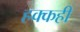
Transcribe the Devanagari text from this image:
हक्कही